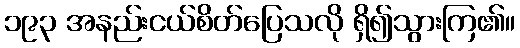
၁၉၃ အနည်းငယ်စိတ်ပြေသလို ရှိ၍သွားကြ၏။